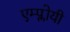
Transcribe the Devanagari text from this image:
एम्प्लोयी